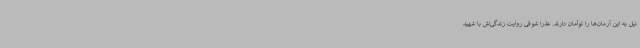
نیل به این آرمان‌ها را توأمان دارند. عذرا شوقی روایت زندگی‌اش با شهید